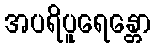
အပရိပူရေန္တော